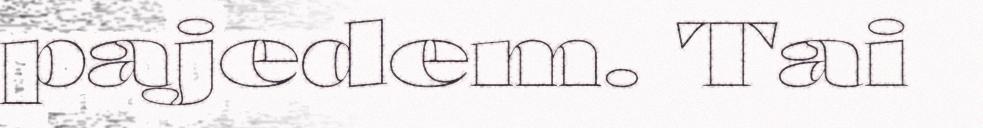
pajedem. Tai